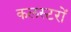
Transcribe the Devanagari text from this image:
कलस्टरों